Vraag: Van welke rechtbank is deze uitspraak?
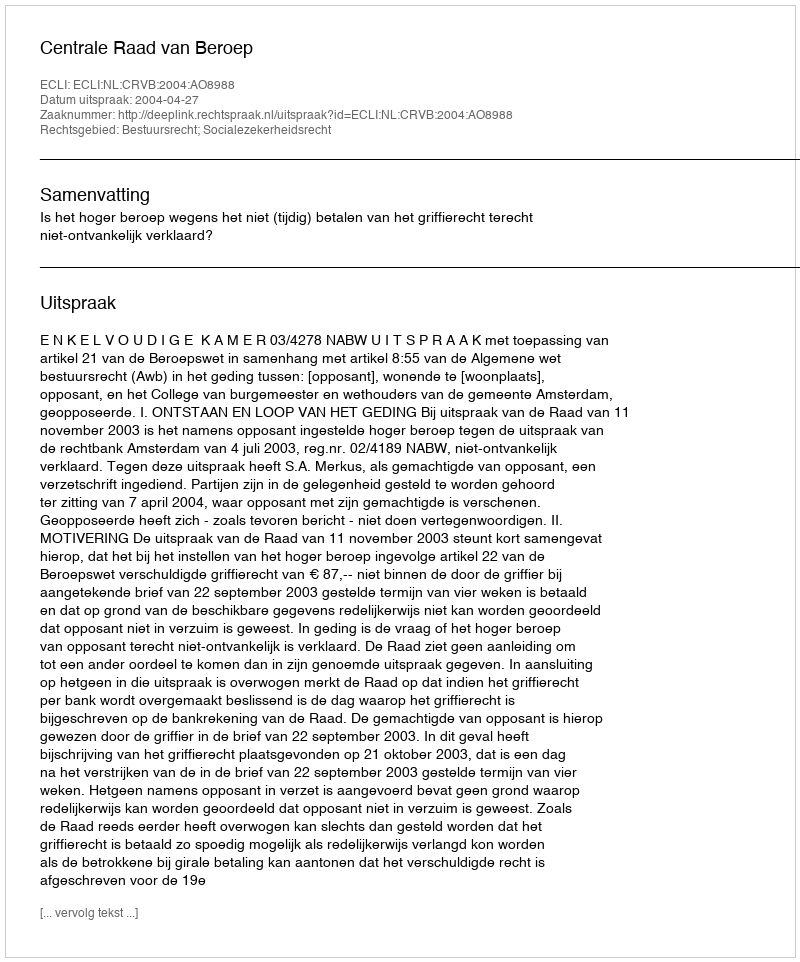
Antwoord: Centrale Raad van Beroep